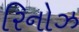
રિનોઝ